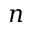
n